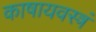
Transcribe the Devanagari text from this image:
काषायवस्त्रं